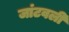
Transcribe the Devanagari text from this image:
जांटवली